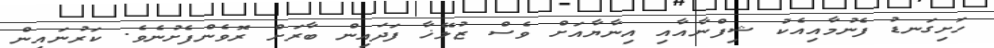
ހަށިގަނޑު ފެނުމާއިއެކު ޝިފްނާއާއި އިނާޔާއަށް ވެސް ޒުލޭޚާ ފަދައިން ބާރަަށް ރޮވެންފެެށުނެވެެ. ކަރުނައިން